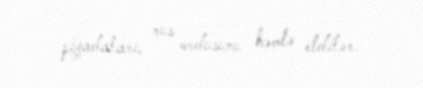
piyadaları, rus ordusunu həmlə etdilər.